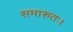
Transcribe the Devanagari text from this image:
समारुतः।